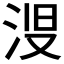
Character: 𱦞